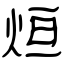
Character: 烜